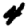
Digit: 4